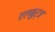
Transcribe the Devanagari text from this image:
एलबुर्ज